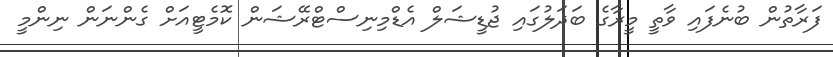
ފަރާތުން ބުނެފައި ވާތީ މީރާގެ ބަދަލުގައި ޖުޑީޝަލް އެޑްމިނިސްޓްރޭޝަން ކޮމެޓީއަށް ގެންނަން ނިންމީ